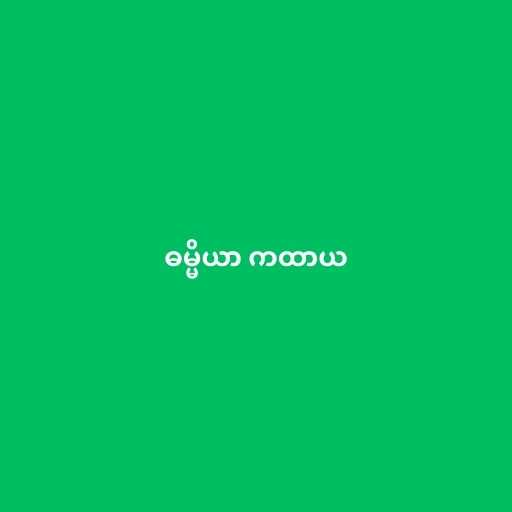
ဓမ္မိယာ ကထာယ